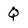
Character: q